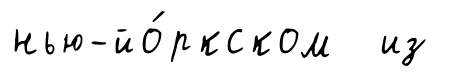
нью-йо́ркском из